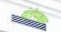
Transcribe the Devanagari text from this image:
दंतोपकार